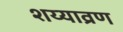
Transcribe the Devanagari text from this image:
शय्याव्रण